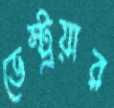
ডেস্ট্রয়ার